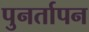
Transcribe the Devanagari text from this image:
पुनर्तापन